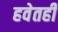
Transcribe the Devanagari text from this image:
हवेतही